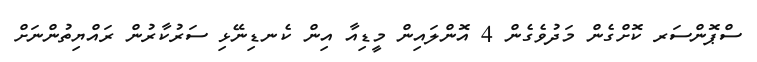
ސްޕޮންސަރ ކޮށްގެން މަދުވެގެން 4 އޮންލައިން މީޑިއާ އިން ކެނޑިނޭޅި ސަރުކާރުން ރައްޔިތުންނަށް